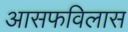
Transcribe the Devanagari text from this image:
आसफविलास